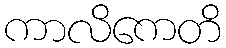
ကာလိကေတိ